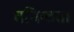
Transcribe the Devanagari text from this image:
घनिष्‍ठता